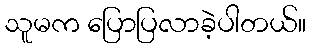
သူမက ပြောပြလာခဲ့ပါတယ်။